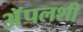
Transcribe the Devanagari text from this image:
अॅपलशी